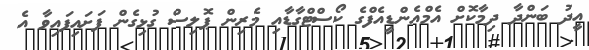
އީދު ބަންދާ ދިމާކޮށް އެމްއެންޑީއެފްގެ ކޯސްޓްގާޑާއި މެރިން ޕޮލިސް ގުޅިގެން ފަށައިފައިވާ އެ